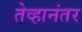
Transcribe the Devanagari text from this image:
तेव्हानंतर